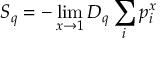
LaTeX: S _ { q } = - \operatorname* { l i m } _ { x \rightarrow 1 } D _ { q } \sum _ { i } p _ { i } ^ { x }